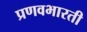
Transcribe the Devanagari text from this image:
प्रणवभारती